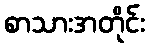
စာသားအတိုင်း